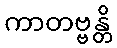
ကာတဗ္ဗန္တိ